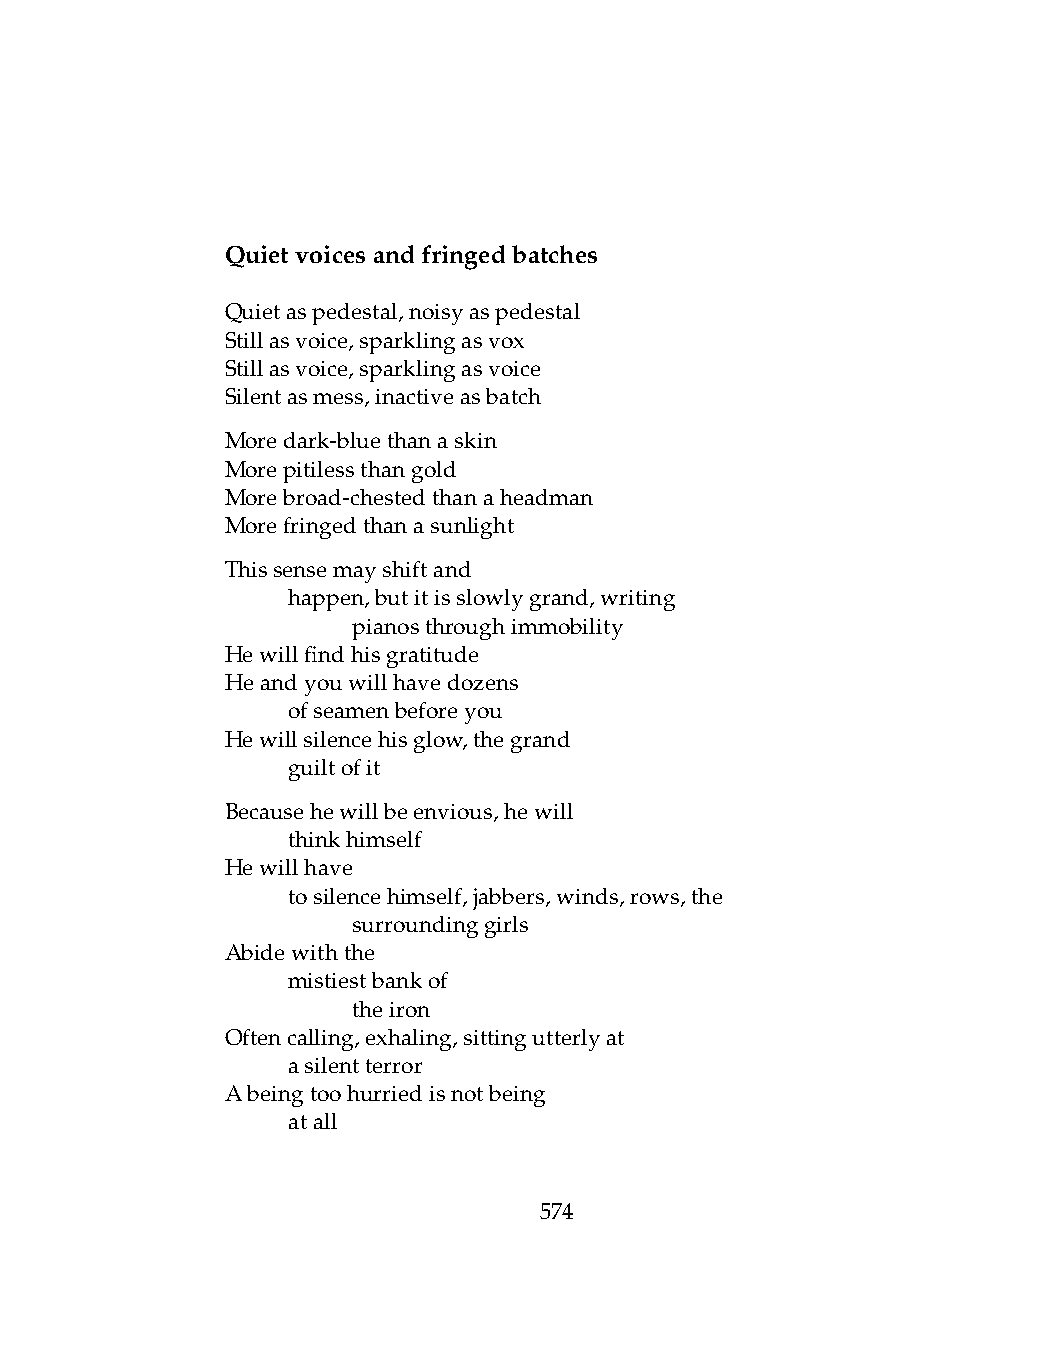
Quietvoicesandfringedbatches
 Quietaspedestal,noisyaspedestal
 Stillasvoice,sparklingasvox
 Stillasvoice,sparklingasvoice
 Silentasmess,inactiveasbatch
 Moredark-bluethanaskin
 Morepitilessthangold
 Morebroad-chestedthanaheadman
 Morefringedthanasunlight
 Thissensemayshiftand
 .   happen,butitisslowlygrand,writing
 .   .   pianosthroughimmobility
 Hewillfindhisgratitude
 Heandyouwillhavedozens
 .   ofseamenbeforeyou
 Hewillsilencehisglow,thegrand
 .   guiltofit
 Becausehewillbeenvious,hewill
 .   thinkhimself
 Hewillhave
 .   tosilencehimself,jabbers,winds,rows,the
 .   .   surroundinggirls
 Abidewiththe
 .   mistiestbankof
 .   .   theiron
 Oftencalling,exhaling,sittingutterlyat
 .   asilentterror
 Abeingtoohurriedisnotbeing
 .   atall
 574